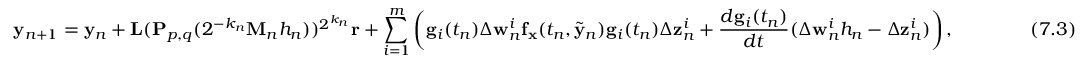
\mathbf { y } _ { n + 1 } = \mathbf { y } _ { n } + \mathbf { L } ( \mathbf { P } _ { p , q } ( 2 ^ { - k _ { n } } \mathbf { M } _ { n } h _ { n } ) ) ^ { 2 ^ { k _ { n } } } \mathbf { r } + \sum _ { i = 1 } ^ { m } \left( \mathbf { g } _ { i } ( t _ { n } ) \Delta \mathbf { w } _ { n } ^ { i } \mathbf { f } _ { \mathbf { x } } ( t _ { n } , { \widetilde { \mathbf { y } } } _ { n } ) \mathbf { g } _ { i } ( t _ { n } ) \Delta \mathbf { z } _ { n } ^ { i } + { \frac { d \mathbf { g } _ { i } ( t _ { n } ) } { d t } } ( \Delta \mathbf { w } _ { n } ^ { i } h _ { n } - \Delta \mathbf { z } _ { n } ^ { i } ) \right) , \qquad \qquad ( 7 . 3 )